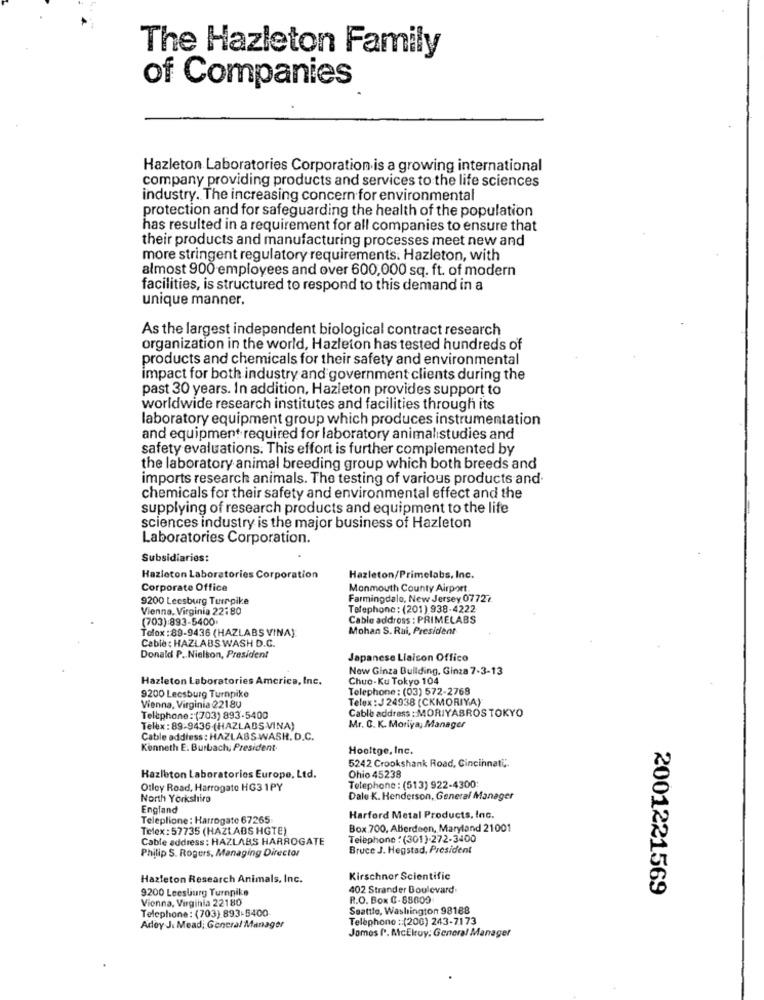
The Hazleton Family
of Companies
Hazleton Laboratories Corporation is a growing international
company providing products and services to the life sciences
industry. The increasing concern for environmental
protection and for safeguarding the health of the population
has resulted in a requirement for all companies to ensure that
their products and manufacturing processes meet new and
more stringent regulatory requirements. Hazleton, with
almost 900 employees and over 600,000 sq. ft. of modern
facilities, is structured to respond to this demand in a
unique manner.
As the largest independent biological contract research
organization in the world, Hazleton has tested hundreds of
products and chemicals for their safety and environmental
impact for both industry and government clients during the
past 30 years. In addition, Hazleton provides support to
worldwide research institutes and facilities through its
laboratory equipment group which produces instrumentation
and equipment required for laboratory animalistudies and
safety evaluations. This effort is further complemented by
the laboratory animal breeding group which both breeds and
imports research animals. The testing of various products and.
chemicals for their safety and environmental effect and the
supplying of research products and equipment to the life
sciences industry is the major business of Hazleton
Laboratories Corporation.
Subsidiaries:
Hazleton Laboratories Corporation
Hazleton/Primelabs, Inc.
Corporate Office
Monmouth County Airport
9200 Leesburg Turnpike
Farmingdale, New Jersey 07727.
Vienna, Virginia 22:80
Telephone: (201) 938-4222
(703):893-5400
Cable address : PRIMELABS
Tolox : 89-9436 (HAZLABS VINA)
Mohan S. Rui, President
Cable: HAZLABS WASH D.C.
Donald P .. Nielson, President
Japanese Liaison Office
New Ginza Building, Ginza 7-3-13
Hazleton Laboratories America, Inc.
Chuo-Ku Tokyo 104
Telephone: (03) 572-2768
9200 Leesburg Turnpike
Telex : J 24938 (CKMORIYA)
Vienna, Virginia 22180
Cable address : MORIYABROS TOKYO
Telephone: (703) 893-5400
Telex : 89-9436 (HAZLADS VINA)
Mr. C. K. Moriya, Manager
Cable address: HAZLABS WASH. D.C.
Kenneth E. Burbach, President.
Hooltge, Inc.
5242 Crookshank Road, Cincinnati
Hazleton Laboratories Europe, Ltd.
Ohio 45238
Otley Road, Harrogate HG3 1PY
Telephone : (513) 922-4300
North Yorkshire
Dale K. Henderson, General Manager
England
Teleplione : Harrogate 67265
Harford Metal Products, Inc.
Telex : 57735 (HAZLABS HGTE)
Box.700, Aberdeen, Maryland 21001
Cable address : HAZLABS HARROGATE
Telephone : (301).272-3400
Philip S. Rogers, Managing Director
Bruce J. Hegstad, President
Hazleton Research Animals, Inc.
Kirschner Scientific
9200 Leesburg Turnpike
402 Strander Boulevard.
2001221569
Vienna, Virginia 22180
R.O. Box C-88009
Seattle, Washington 98188
Telephone: (703) 893-5400-
Telephone :: (200) 243-7173
Adey J. Mead; General Manager
James f *. McElroy: General Manager